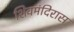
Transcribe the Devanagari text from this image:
शिवमंदिरास